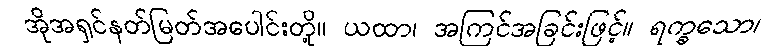
အိုအရှင်နတ်မြတ်အပေါင်းတို့။ ယထာ၊ အကြင်အခြင်းဖြင့်။ ရက္ခသော၊